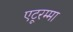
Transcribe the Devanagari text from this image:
एटूरम्मा